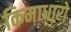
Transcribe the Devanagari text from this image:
किमाधारो